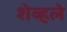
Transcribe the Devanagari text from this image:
शेव्हले